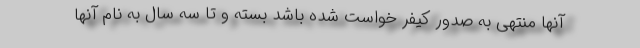
آنها منتهی به صدور کیفر خواست شده باشد بسته و تا سه سال به نام آنها